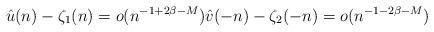
LaTeX: \begin{align*}\hat{u}(n)-\zeta_{1}(n) = o(n^{-1+2\beta-M}) \hat{v}(-n)-\zeta_{2}(-n) = o(n^{-1-2\beta-M})\end{align*}